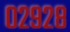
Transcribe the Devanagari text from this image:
०२९२८